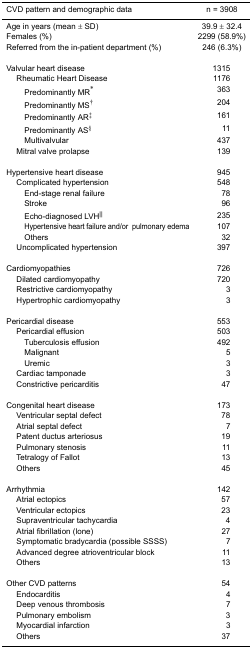
<table><thead><tr><td><b>CVD pattern and demographic data</b></td><td><b>n = 3908</b></td></tr></thead><tbody><tr><td>Age in years (mean ± SD)</td><td>39.9 ± 32.4</td></tr><tr><td>Females (%)</td><td>2299 (58.9%)</td></tr><tr><td>Referred from the in-patient department (%)</td><td>246 (6.3%)</td></tr><tr><td>Valvular heart disease</td><td>1315</td></tr><tr><td> Rheumatic Heart Disease</td><td>1176</td></tr><tr><td>Predominantly MR<sup>*</sup></td><td>363</td></tr><tr><td>Predominantly MS<sup>†</sup></td><td>204</td></tr><tr><td>Predominantly AR<sup>‡</sup></td><td>161</td></tr><tr><td>Predominantly AS<sup>§</sup></td><td>11</td></tr><tr><td>Multivalvular</td><td>437</td></tr><tr><td> Mitral valve prolapse</td><td>139</td></tr><tr><td>Hypertensive heart disease</td><td>945</td></tr><tr><td> Complicated hypertension</td><td>548</td></tr><tr><td>End-stage renal failure</td><td>78</td></tr><tr><td>Stroke</td><td>96</td></tr><tr><td>Echo-diagnosed LVH<sup>||</sup></td><td>235</td></tr><tr><td>Hypertensive heart failure and/or pulmonary edema</td><td>107</td></tr><tr><td>Others</td><td>32</td></tr><tr><td> Uncomplicated hypertension</td><td>397</td></tr><tr><td>Cardiomyopathies</td><td>726</td></tr><tr><td> Dilated cardiomyopathy</td><td>720</td></tr><tr><td> Restrictive cardiomyopathy</td><td>3</td></tr><tr><td> Hypertrophic cardiomyopathy</td><td>3</td></tr><tr><td>Pericardial disease</td><td>553</td></tr><tr><td> Pericardial effusion</td><td>503</td></tr><tr><td>Tuberculosis effusion</td><td>492</td></tr><tr><td>Malignant</td><td>5</td></tr><tr><td>Uremic</td><td>3</td></tr><tr><td> Cardiac tamponade</td><td>3</td></tr><tr><td> Constrictive pericarditis</td><td>47</td></tr><tr><td>Congenital heart disease</td><td>173</td></tr><tr><td> Ventricular septal defect</td><td>78</td></tr><tr><td> Atrial septal defect</td><td>7</td></tr><tr><td> Patent ductus arteriosus</td><td>19</td></tr><tr><td> Pulmonary stenosis</td><td>11</td></tr><tr><td> Tetralogy of Fallot</td><td>13</td></tr><tr><td> Others</td><td>45</td></tr><tr><td>Arrhythmia</td><td>142</td></tr><tr><td> Atrial ectopics</td><td>57</td></tr><tr><td> Ventricular ectopics</td><td>23</td></tr><tr><td> Supraventricular tachycardia</td><td>4</td></tr><tr><td> Atrial fibrillation (lone)</td><td>27</td></tr><tr><td> Symptomatic bradycardia (possible SSSS)</td><td>7</td></tr><tr><td> Advanced degree atrioventricular block</td><td>11</td></tr><tr><td> Others</td><td>13</td></tr><tr><td>Other CVD patterns</td><td>54</td></tr><tr><td> Endocarditis</td><td>4</td></tr><tr><td> Deep venous thrombosis</td><td>7</td></tr><tr><td> Pulmonary embolism</td><td>3</td></tr><tr><td> Myocardial infarction</td><td>3</td></tr><tr><td> Others</td><td>37</td></tr></tbody></table>